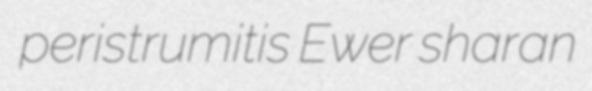
peristrumitis Ewer sharan